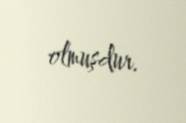
olmuşdur.